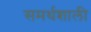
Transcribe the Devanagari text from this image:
समर्थशाली